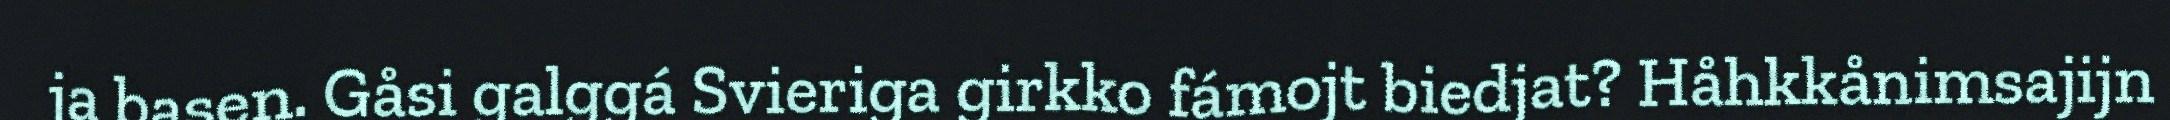
ja basen. Gåsi galggá Svieriga girkko fámojt biedjat? Håhkkånimsajijn